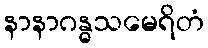
နာနာဂန္ဓသမေရိတံ